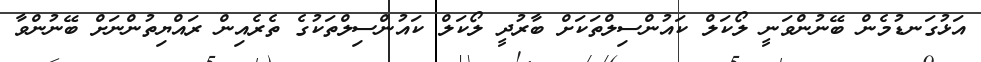
އަޅުގަނޑުމެން ބޭނުންވަނީ ލޯކަލް ކައުންސިލްތަކަށް ބާރުދީ ލޯކަލް ކައުންސިލްތަކުގެ ތެރެއިން ރައްޔިތުންނަށް ބޭނުންވާ